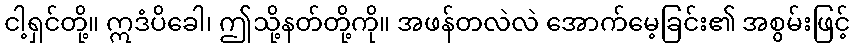
ငါ့ရှင်တို့။ ဣဒံပိခေါ၊ ဤသို့နတ်တို့ကို။ အဖန်တလဲလဲ အောက်မေ့ခြင်း၏ အစွမ်းဖြင့်